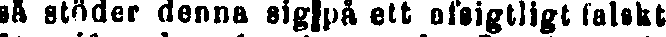
så stöder denna sig på ett afsigtligt falskt